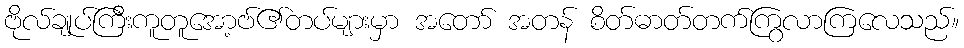
ဗိုလ်ချုပ်ကြီးကူတူအော့ဗ်၏တပ်များမှာ အတော် အတန် စိတ်ဓာတ်တက်ကြွလာကြလေသည်။